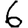
Digit: 6